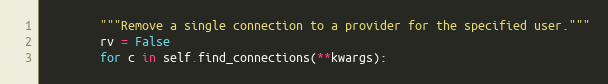
Language: Python
        """Remove a single connection to a provider for the specified user."""
        rv = False
        for c in self.find_connections(**kwargs):